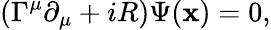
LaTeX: (\Gamma^{\mu}\partial_{\mu}+iR)\Psi(\mathbf{x})=0,